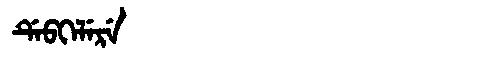
Manchu: ᡩᡝᠪᡴᡝᠯᡝᡵᡝ
Romanization: DEBKELERE